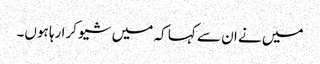
میں نے ان سے کہا کہ میں شیو کرا رہا ہوں۔